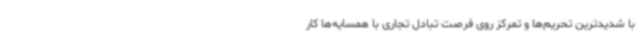
با شدیدترین تحریم‌ها و تمرکز روی فرصت تبادل تجاری با همسایه‌ها کار